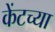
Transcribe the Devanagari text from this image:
केंटच्या